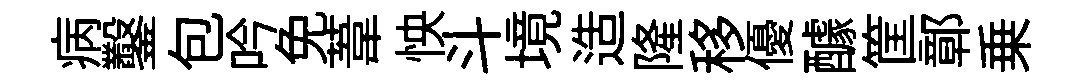
病鑿包吟免葦怏斗境造隆移優醵筐鄣乗